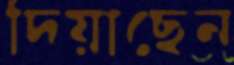
দিয়াছেন